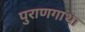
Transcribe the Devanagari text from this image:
पुराणगाथा